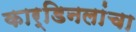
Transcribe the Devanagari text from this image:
कार्डिनलांचा